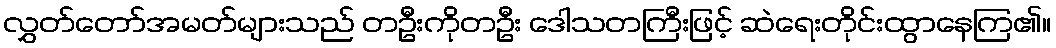
လွှတ်တော်အမတ်များသည် တဦးကိုတဦး ဒေါသတကြီးဖြင့် ဆဲရေးတိုင်းထွာနေကြ၏။